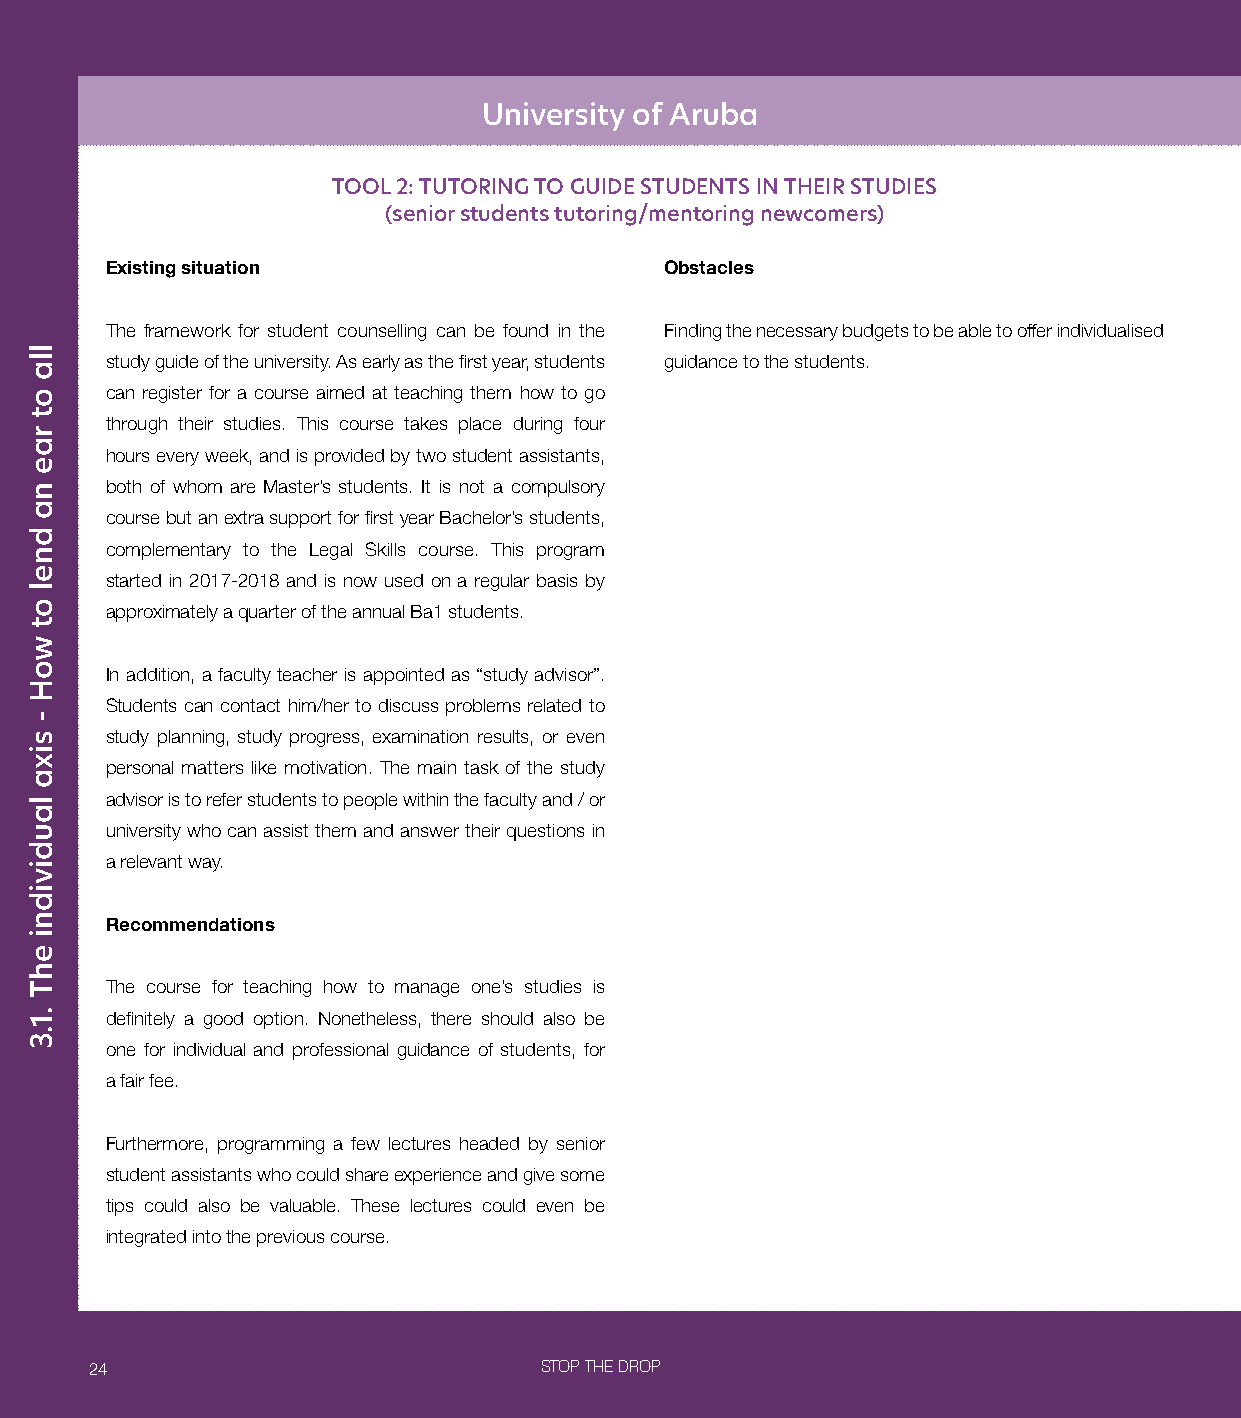
University of Aruba
 TOOL 2: TUTORING TO GUIDE STUDENTS IN THEIR STUDIES
 (senior students tutoring/mentoring newcomers)
 Existing situation                   Obstacles
 The framework for student counselling can be found in the Finding the necessary budgets to be able to offer individualised
 study guide of the university. As early as the first year, students guidance to the students.
 can register for a course aimed at teaching them how to go
 through their studies. This course takes place during four
 hours every week, and is provided by two student assistants,
 both of whom are Master’s students. It is not a compulsory
 course but an extra support for first year Bachelor’s students,
 complementary to the Legal Skills course. This program
 started in 2017-2018 and is now used on a regular basis by
 approximately a quarter of the annual Ba1 students.
 In addition, a faculty teacher is appointed as “study advisor”.
 Students can contact him/her to discuss problems related to
 study planning, study progress, examination results, or even
 personal matters like motivation. The main task of the study
 advisor is to refer students to people within the faculty and / or
 university who can assist them and answer their questions in
 a relevant way.
 Recommendations
 The course for teaching how to manage one’s studies is
 definitely a good option. Nonetheless, there should also be
 one for individual and professional guidance of students, for
 a fair fee.
 Furthermore, programming a few lectures headed by senior
 student assistants who could share experience and give some
 tips could also be valuable. These lectures could even be
 integrated into the previous course.
 24                            STOP THE DROP
 lla
 ot
 rae
 na
 dnel
 ot
 woH
 -
 sixa
 laudividni
 ehT
 .1.3